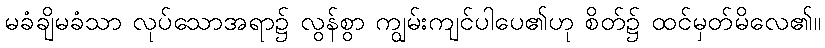
မခံချိမခံသာ လုပ်သောအရာ၌ လွန်စွာ ကျွမ်းကျင်ပါပေ၏ဟု စိတ်၌ ထင်မှတ်မိလေ၏။